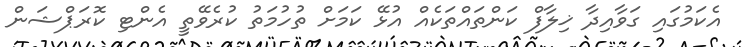
އެކަމުގައި ގަވާއިދާ ޚިލާފް ކަންތައްތަކެއް އުޅޭ ކަމަށް ތުހުމަތު ކުރެވޭތީ އެންޓި ކޮރަޕްޝަން